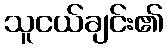
သူငယ်ချင်း၏